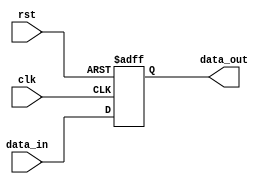
module parameter_example
  #(
    parameter WIDTH = 8,
    parameter DEPTH = 16,
    parameter ENABLE = 1
  )
  (
    input clk,
    input rst,
    input [WIDTH-1:0] data_in,
    output reg [WIDTH-1:0] data_out
  );
  
  always @ (posedge clk or posedge rst)
    if (rst)
      data_out <= 0;
    else if (ENABLE)
      data_out <= data_in;
endmodule